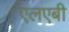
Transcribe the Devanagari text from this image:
एलएबी